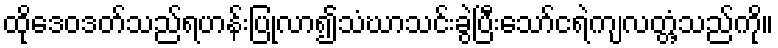
ထိုဒေဝဒတ်သည်ရဟန်းပြုလာ၍သံဃာသင်းခွဲပြီးသော်ငရဲကျလတ္တံ့သည်ကို။